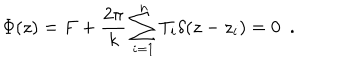
\Phi ( z ) = F + \frac { 2 \pi } { k } \sum _ { i = 1 } ^ { n } T _ { i } \delta ( z - z _ { i } ) = 0 \ \ .